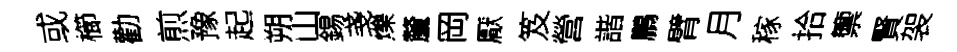
或櫛勸煎豫起朔山錫戔爍釐岡厭笈營諧鵬臂月稼拾籞賢袈